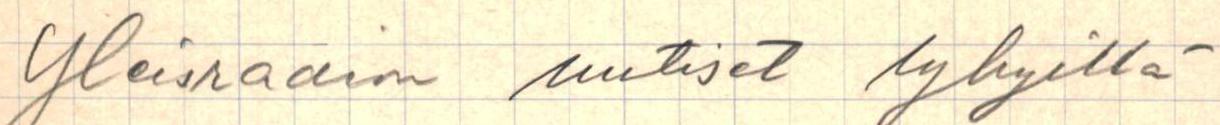
Yleisradion uutiset lyhyillä